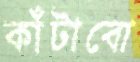
কাঁটাবো